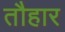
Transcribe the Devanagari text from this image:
तौहार